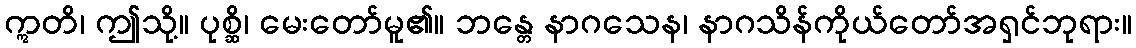
ဣတိ၊ ဤသို့။ ပုစ္ဆိ၊ မေးတော်မူ၏။ ဘန္တေ နာဂသေန၊ နာဂသိန်ကိုယ်တော်အရှင်ဘုရား။